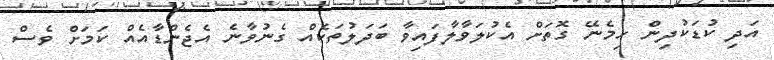
އަދި ކުޑަކުދިން ހިމެނޭ ގޮތަށް އެކުލަވާލާފައިވާ ބަދަލުތަކެއް ގެނުވާނެ އެޖެންޑާއެއް ކަމަށް ވެސް